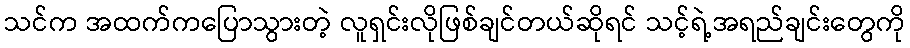
သင်က အထက်ကပြောသွားတဲ့ လူရှင်းလိုဖြစ်ချင်တယ်ဆိုရင် သင့်ရဲ့အရည်ချင်းတွေကို